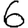
Digit: 6